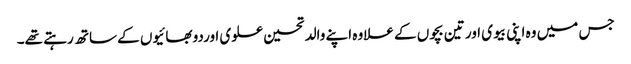
جس میں وہ اپنی بیوی اور تین بچوں کے علاوہ اپنے والد تحسین علوی اوردو بھائیوں کے ساتھ رہتے تھے۔